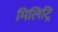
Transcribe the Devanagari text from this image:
मिलिट्रि